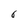
Character: 6